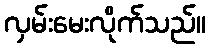
လှမ်းမေးလိုက်သည်။